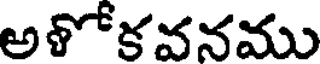
అళోకవనము